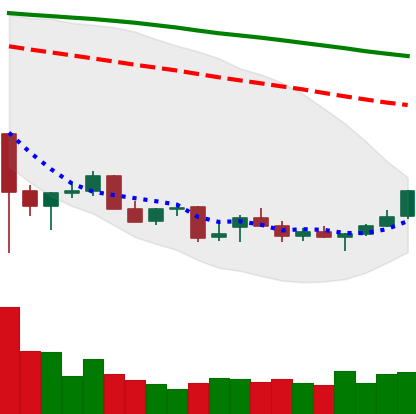
Ticker: NEO-USD
Chart end date: 2021-12-23
Forward return: -8.869%
Label: down_7plus